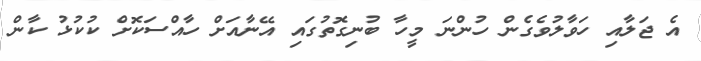
އެ ޖަލާއި ހަވާލުވެގެން ހުންނަ މީހާ ބުނިގޮތުގައި އޭނާއަށް ހާއްސަކޮށް ކުކުޅު ކާން